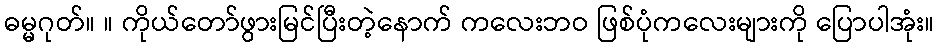
ဓမ္မဂုတ်။ ။ ကိုယ်တော်ဖွားမြင်ပြီးတဲ့နောက် ကလေးဘဝ ဖြစ်ပုံကလေးများကို ပြောပါအုံး။